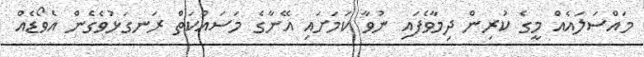
މައްސަލައެއް މީގެ ކުރިން ދިމާވެފައި ނުވާ ކަމަށައި އޭނާގެ މަސައްކަތް ރަނގަޅުވެގެން އެވޯޑެއް